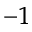
^ { - 1 }